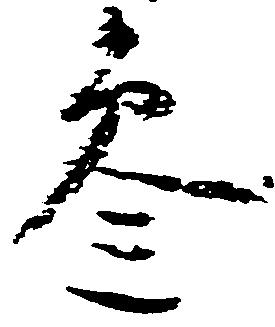
参